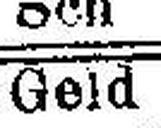
Geld